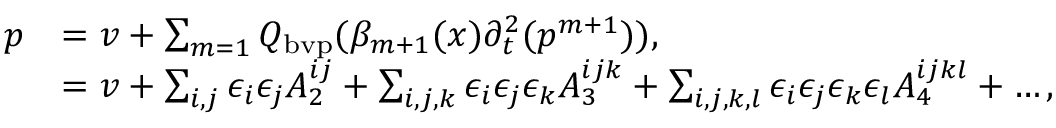
\begin{array} { r l } { p } & { = v + \sum _ { m = 1 } { Q _ { \mathrm { b v p } } ( \beta _ { m + 1 } ( x ) \partial _ { t } ^ { 2 } ( p ^ { m + 1 } ) ) } , } \\ & { = v + \sum _ { i , j } \epsilon _ { i } \epsilon _ { j } A _ { 2 } ^ { i j } + \sum _ { i , j , k } \epsilon _ { i } \epsilon _ { j } \epsilon _ { k } A _ { 3 } ^ { i j k } + \sum _ { i , j , k , l } \epsilon _ { i } \epsilon _ { j } \epsilon _ { k } \epsilon _ { l } A _ { 4 } ^ { i j k l } + \dots , } \end{array}